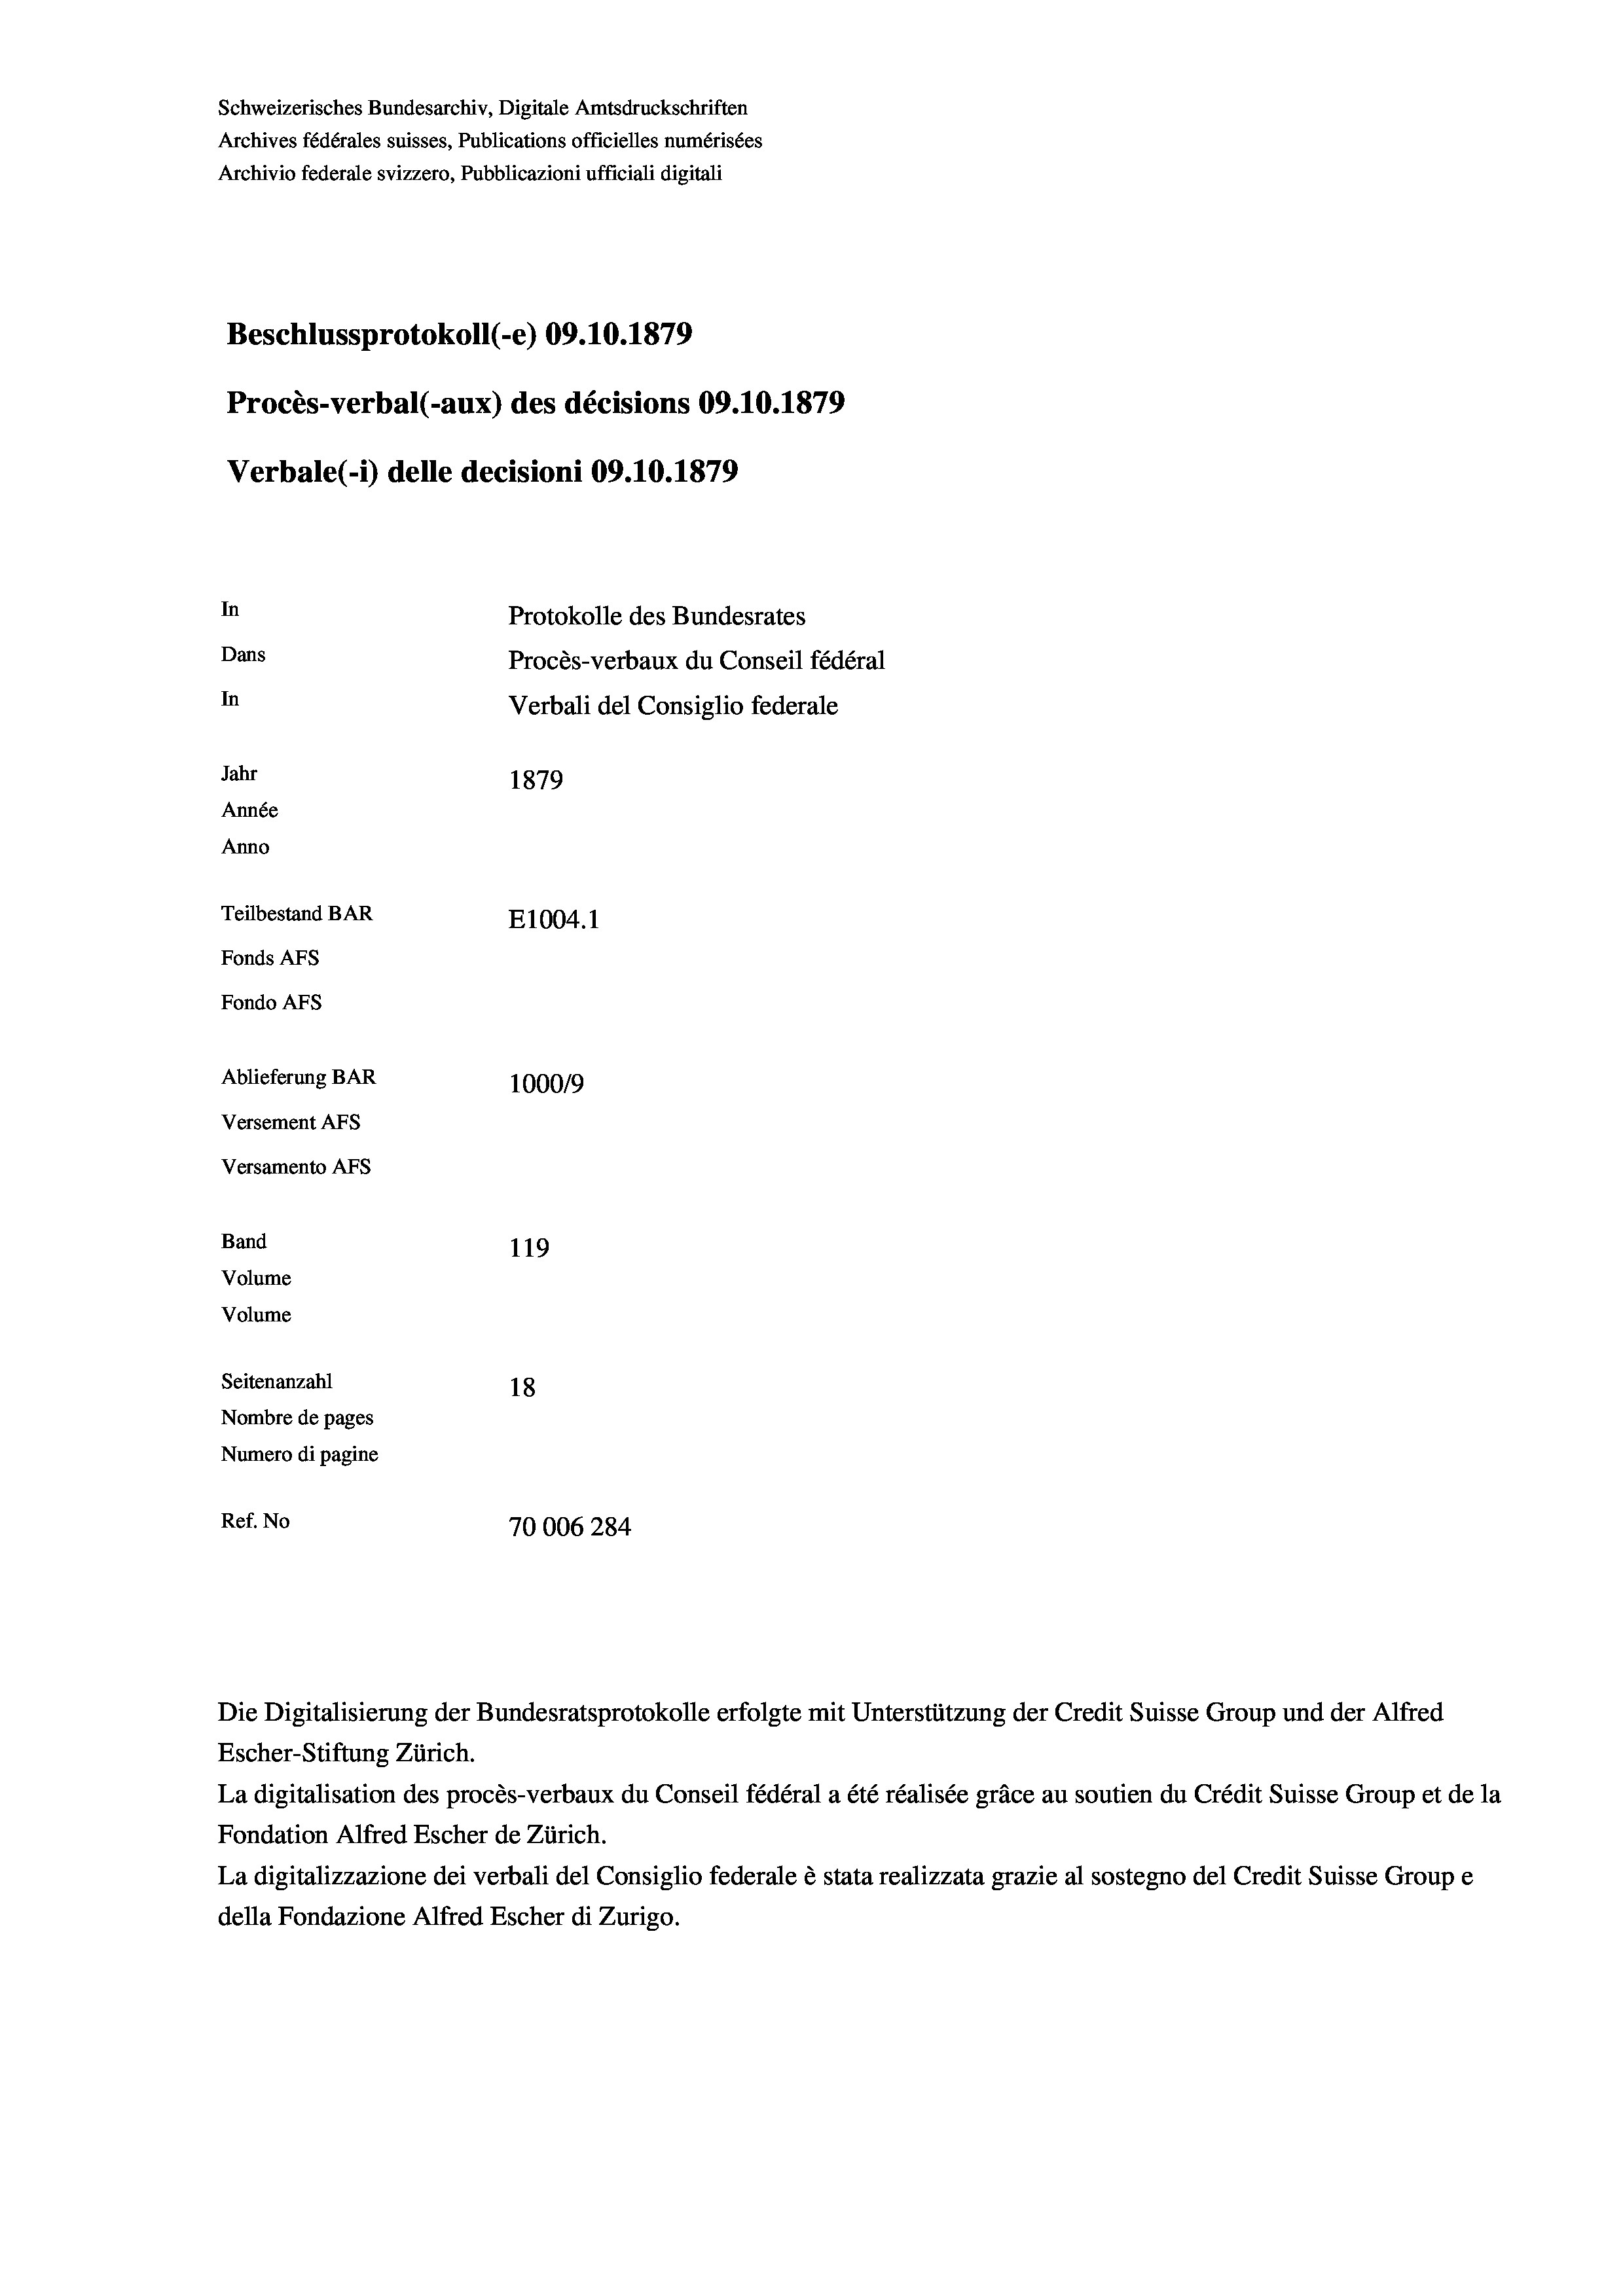
Schweizerisches Bundesarchiv, Digitale Amtsdruckschriften
Archives fédérales suisses, Publications officielles numérisées
Archivio federale svizzero, Pubblicazioni ufficiali digitali
Beschlussprotokoll (e) 09.10.1879
Procès-verbal (-aux) des décisions 09.10.1879
Verbale(-*) delle decisioni 09.10.1879
In
Protokolle des Bundesrates
Dans
Procès-verbaux du Conseil fédéral
In
Verbali del Consiglio federale
Jahr
1879
Année
Anno
Teilbestand BAR
E1004.1
Fonds Afs
Fondo AFs
Ablieferung BAR
1000/9
Versement Abs
Versamento Afs
Band
119
Volume
Volume

Seitenanzahl
18
Nombre de pages
Numero di pagine
Ref. No
70006284

Die Digitalisierung der Bundesratsprotokolle erfolgte mit Unterstützung der Credit Suisse Group und der Alfred
Escher-Stiftung Zürich.
La digitalisation des procès-verbaux du Conseil fédéral a été réalisée gräce au soutien du Crédit Suisse Group et de la
Fondation Alfred Escher de Zürich.
La digitalizzazione dei verbali del Consiglio federale è stata realizzata grazie al sostegno del Credit Suisse Groupe
della Fondazione Alfred Escher di Zurigo.